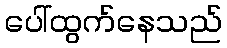
ပေါ်ထွက်နေသည်